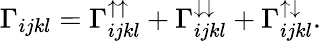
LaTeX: \Gamma_{ijkl}=\Gamma_{ijkl}^{\uparrow\uparrow}+\Gamma_{ijkl}^{\downarrow\downarrow}+\Gamma_{ijkl}^{\uparrow\downarrow}.